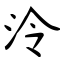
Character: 泠